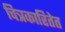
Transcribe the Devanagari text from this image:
चित्रकारितेत